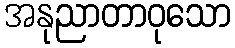
အနုညာတာဝုသော